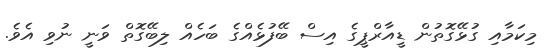
މިކަމާއި ގުޅޭގޮތުން ޑީއާރްޕީގެ އިސް ބޭފުޅެއްގެ ބަހެއް ލިބޭގޮތް ވަނީ ނުވި އެވެ.